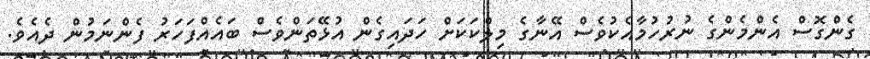
ގެންގޮސް އެންމެންގެ ނުރުހުމާއެކުވެސް އޭނާގެ މިލްކަކަށް ހަދައިގެން އުޅޭތަންވެސް ބައެއްފަހަރު ފެންނަމުން ދެއެވެ.